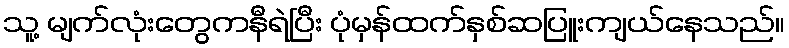
သူ့ မျက်လုံးတွေကနီရဲပြီး ပုံမှန်ထက်နှစ်ဆပြူးကျယ်နေသည်။